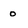
Character: 0